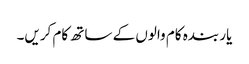
یار بندہ کام والوں کے ساتھ کام کریں۔